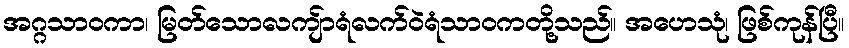
အဂ္ဂသာဝကာ၊ မြတ်သောလကျ်ာရံလက်ဝဲရံသာဝကတို့သည်။ အဟေသုံ၊ ဖြစ်ကုန်ပြီ။